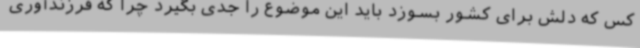
کس که دلش برای کشور بسوزد باید این موضوع را جدی بگیرد چرا که فرزندآوری